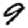
Digit: 9